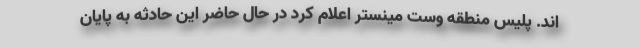
اند. پلیس منطقه وست مینستر اعلام کرد در حال حاضر این حادثه به پایان